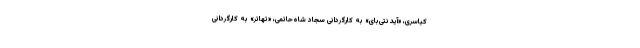
کیاسری، «آیدنتی‌بای» به کارگردانی سجاد شاه‌حاتمی، «تهاتر» به کارگردانی